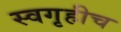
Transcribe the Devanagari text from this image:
स्वगृहीच